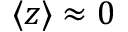
\langle z \rangle \approx 0